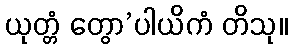
ယုတ္တံ တွော’ပါယိကံ တိသု။